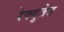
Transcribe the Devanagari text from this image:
रेफ्युजेस